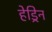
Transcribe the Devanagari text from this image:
हेड्रिन